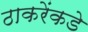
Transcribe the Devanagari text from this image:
ठाकरेंकडे